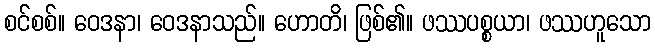
စင်စစ်။ ဝေဒနာ၊ ဝေဒနာသည်။ ဟောတိ၊ ဖြစ်၏။ ဖဿပစ္စယာ၊ ဖဿဟူသော